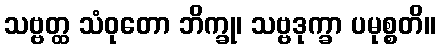
သဗ္ဗတ္ထ သံဝုတော ဘိက္ခု၊ သဗ္ဗဒုက္ခာ ပမုစ္စတိ။